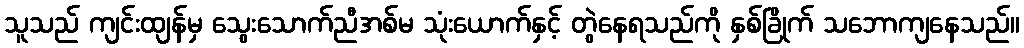
သူသည် ကျင်းထျန်မှ သွေးသောက်ညီအစ်မ သုံးယောက်နှင့် တွဲနေရသည်ကို နှစ်ခြိုက် သဘောကျနေသည်။